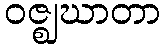
ဝဇ္ဈဃာတာ